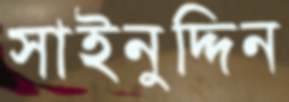
সাইনুদ্দিন